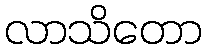
လာသိတော